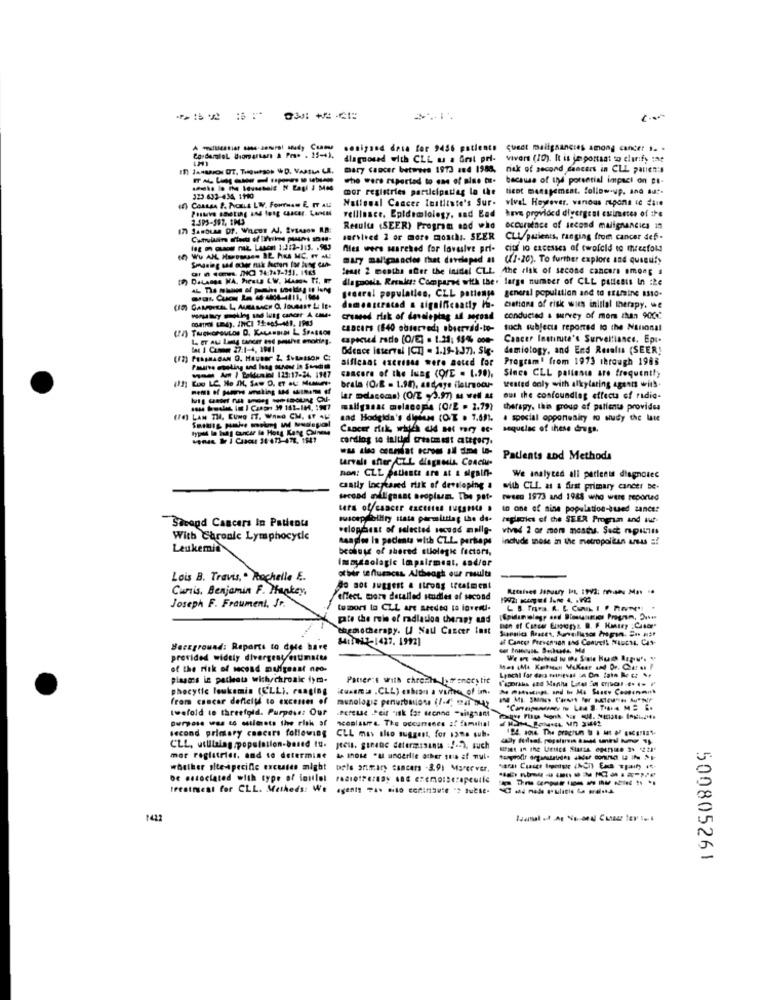
Cordarlol Biomarkers & Pra* . 15-41.
sonigasd data for 9456 patience quect malignancies among cancer 1. .
diagnosed with CLL as a Grat pri- vivers (10). It is important to clarify mme
mary cancer between 1973 184 1988.
nak of second cancers in CLL pallen:s
who were reported to one of mine tu- because of the potential impact on st-
mor registries participating la the
tient management. follow-up, and auf-
323.633-434 1110
National Cancer Institute's Sur- vival Heyrover. vanous mipone ic dare
Felllance. Epidemiology, sad Bad
have provided divergent csimeses of the
17) Sanbusa Df. Wieos Al. RvsAson R.B:
Results (SEER) Program sad who
occursince of second malignancies in
survived 2 or more monthI. SEER
CLUpuzients, ranging from cancer def -
fles wers searched for lovesive pri-
citf io excesses of twofeld to meccfold
mary maltcasacios that developed at
(1-20). To further explore and queeuify
Senat 2 months after the inidel CLL the risk of second cancers among #
dla poosla. Rreales: Compared with the. large number of CLL patients In :Že
general population, CLL patients general population and to sursine a110.
ciations of risk wies initial therapy. we
crossed risk of developing af second
conducted a survey of mom than 900
LaBEATS (640 observed, observed-to-
tuch subjects reported to the National
capecud radio [O/E] . 1.21; 15% con-
Cancer Institute's Surveillance. Epi.
DAL 1 Como 27:1-4, 1001
Odence interval ICT] = 1.19-137). Sig-
demiotogy, and End Resalta (SEER!
(72) Peasmadan O. Hauser 2, Svaasso" C:
sificant exerense were aoted for
Program' from 1973 through 1983
Passive welling und laag sunest in Standith
Since CLL palteste are frequently
- Am I toldunil 123:17-24, 1147
cancore of the lung (QUE = 1.90).
brala (O/E = 1.90), andage (letraocu-
weated only with alkylaring agents wits.
lar mdacoms! (O/E 93.97) u well &
out the confoundlag effect of radio-
malignant melacopia (O/2 . 2.79)
therapy. this group of patients provides
(FR) LAN TH, EUNO IT. WANG CM, OF ALE
sad Hodgida's diphen (OT . 7.691.
a special opponesity to wudy the late
sequelas of these drugs.
venus & J Ciscu: 26 673-478. 1549
was also ccamiat ecroms all dime to-
trvale sher CZL diagnosis. Conclu-
Patients and Methods
non: CLL Patients are at & sigain-
We analyted all parlents diagnotec
canily lacpkared risk of developing a
with CLL as a first primary cancer be-
second affligeant neoplasm. The pot-
twee 1973 and 1988 who were reported
ters of cancer Cactus FuEgM .
to one of sine population-èused sance:
Sacogd Cancers In Patients
suscep boliiry state permitting the de-
replicrics of the SE.ER Progra and wut-
velopment of selected socuad molly-
vived 2 or mom mosts. Sact mpunts
With Chronic Lymphocytic
Raadlos In paciente with CZL. perhaps
include mose in the metropolitan areas a!
Leukemie
because of shared allologic factors,
Imaussolagic Impairment, and/or
Lois B. Travis, . Rochelle E.
ot bir te fluences. Altheagh our results
Curtis, Benjamin F. Hankey,
do not suggest & Itrong treatment
Joseph F. Fraument, Jr.
effect. more detalled studies of second
tumors lo CLL are needed to loveit-
pate che reis of radiation therapy und
tagmotherapy. U Nau Cancer inst
84:1922-1427. 1992]
Background: Reports to date have
provided widely divergent/ muimacts
of the risk of second muligesst nro.
piase's in patients with chronic tym-
Patser's with chreihe le franceytit
phocytic leukemia (ELL), ranging
Ruwemis . CLL) ebran a vame of im.
from cancar defteltd to excesses of
munologie penuitation (/.4 041 047
twofold to threefold. Purpose: Our
.Bereme Seit "isk for sonne "singsand
purpose was to sulmete the risk of
ncoplaure. The occurrence af fomahal
second primary cancers following
CLL mas slo suggest, for sans sub.
CLL, usullaing population-based tu.
mor reglatrier, and to determine
As those "ul underile other suis af mul-
whether site-specific excesses might
Dele ariary cancers - 3.9) Marcever.
be associated with type of initlel radiotrey sa eremoiserapeutle
--------
treatment for CLL. Metheds: We
1422
500805261